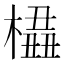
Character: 橻